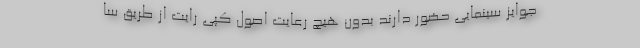
جوایز سینمایی حضور دارند بدون هیچ‌ رعایت اصول کپی رایت از طریق سا